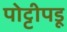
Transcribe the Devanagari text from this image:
पोट्टीपडू